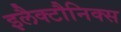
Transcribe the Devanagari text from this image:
इलैक्टौनिक्स